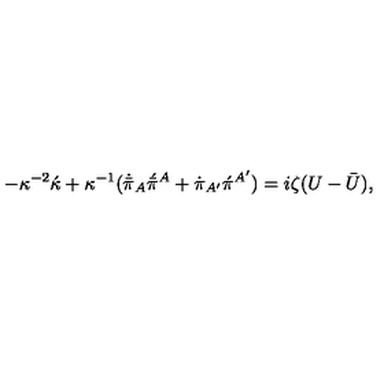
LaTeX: - \kappa ^ { - 2 } \acute { \kappa } + \kappa ^ { - 1 } ( \dot { \bar { \pi } } _ { A } \acute { \bar { \pi } } { } ^ { A } + \dot { \pi } _ { A ^ { \prime } } \acute { \pi } { } ^ { A ^ { \prime } } ) = i \zeta ( U - \bar { U } ) ,